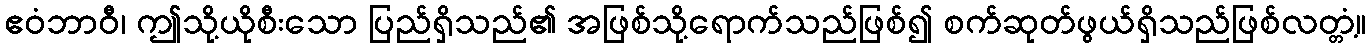
ဧဝံဘာဝီ၊ ဤသို့ယိုစီးသော ပြည်ရှိသည်၏ အဖြစ်သို့ရောက်သည်ဖြစ်၍ စက်ဆုတ်ဖွယ်ရှိသည်ဖြစ်လတ္တံ့။